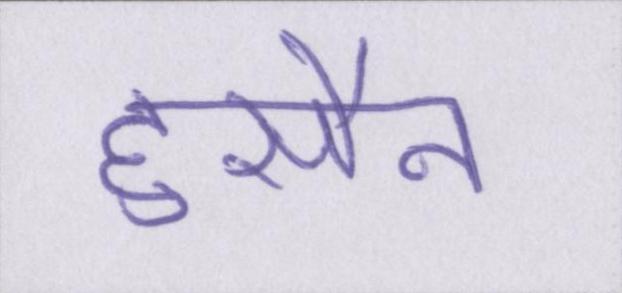
हुसैन